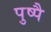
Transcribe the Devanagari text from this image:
पुष्पै